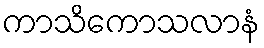
ကာသိကောသလာနံ